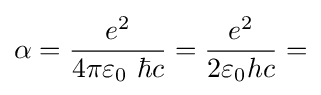
\alpha ={\frac {e^{2}}{4\pi \varepsilon _{0}\ \hbar c}}={\frac {e^{2}}{2\varepsilon _{0}hc}}=